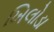
ખિલોડા